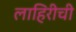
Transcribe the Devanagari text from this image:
लाहिरीची